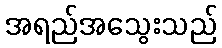
အရည်အသွေးသည်